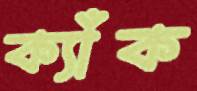
ক্যাঁক